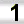
Digit: 1